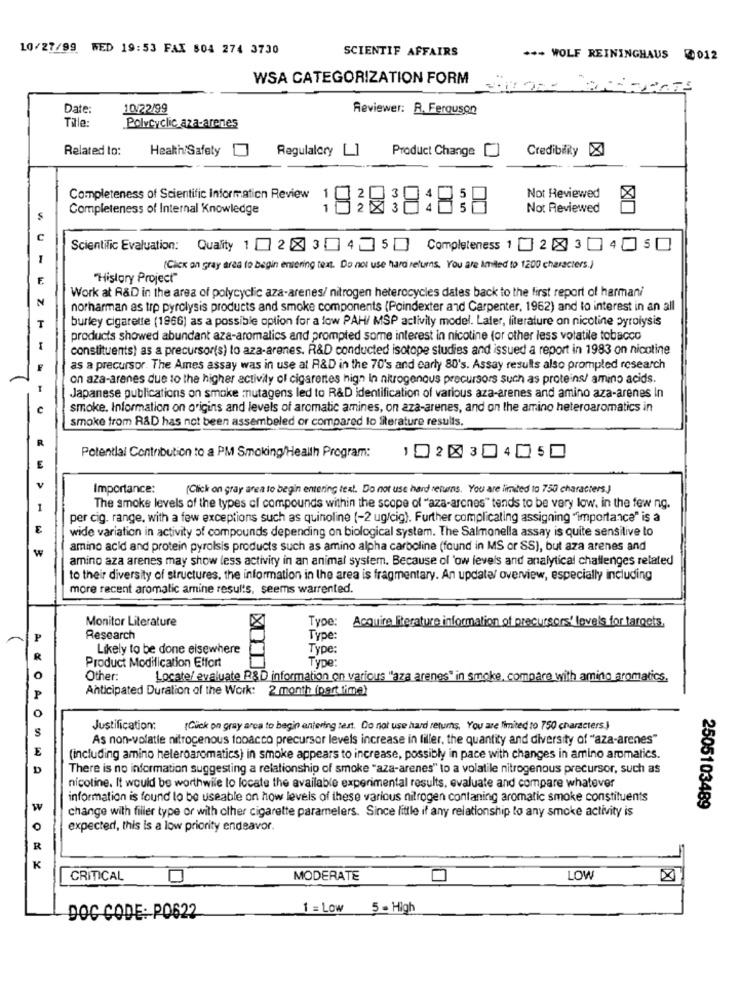
10/27/99 WED 19:53 FAX 804 274 3730
SCIENTIF AFFAIRS
*** WOLF REININGHAUS @012
WSA CATEGORIZATION FORM
Date:
10/22/99
Reviewer: R. Ferguson
Tile:
Polycyclic aza-arenes
Related to:
Health/Safety
Regulalory []
Credibility X
Product Change
Completeness of Scientific Information Review
1
Not Reviewed
Completeness of Internal Knowledge
33
Not Reviewed
C
Scientific Evaluation: Quality 1 2 345 Completeness 1 [ 2 8 3 4 0 s
(Click on gray area to begin entering text. Do not use hard returns, You are Amviled to 1200 characters.)
"History Project"
Work at R&D in the area of polycyclic aza-arenes/ nitrogen heterocycles dates back to the first report of harmani
norharman as trp pyrolysis products and smoke components (Poindexter and Carpenter, 1962) and to interest in an all
burley cigarette (1966) as a possible option for a low PAH/ MSP activity model. Later, literature on nicotine pyrolysis
products showed abundant aza-aromatics and prompted some interest in nicotine for other less volatile tobacco
-
constituents) as a precursor(s) lo aza-arenes. R&D conducted isotope studies and issued a report in 1983 on nicotine
as a precursor. The Ames assay was in use at R&D in the 70's and early 80's. Assay results also prompted research
on aza-arenes due to the higher activity of cigarettes high In nitrogenous precursors such as proteins/ amino acids.
Japanese publications on smoke mutagens led to R&D identification of various aza-arenes and amino aza-arenes In
smoke. Information on origins and levels of aromatic amines, on aza-arenes, and on the amino heteroaromatics in
smoke from R&D has not been assembeled or compared lo Siterature results.
Potential Contribution to a PM Smoking/Health Program:
1020 304050
Importance:
(Click on gray area to begin entering text. Do not use hard returns. You are limited to 750 characters.)
The smoke levels of the types of compounds within the scope of "aza-arones" tends to be very low. in the few ng.
per cig. range, with a few exceptions such as quinoline (-2 ug/cig). Further complicating assigning "importance" is a
wide variation in activity of compounds depending on biological system. The Salmonella assay is quite sensilive to
w
amino acid and protein pyrolsis products such as amino alpha carboline (found in MS or SS), but aza arenes and
amino aza arenes may show less activity in an animal system. Because of 'ow levels and analytical challenges related
to their diversity of structures, the information in the area is fragmentary. An update/ overview, especially including
more recent aromatic amine results, seems warrented.
Monitor Literature
Type: Acquire literature information of precursors' levels for targets.
Research
Type:
Likely to be done elsewhere
Type:
Type:
Product Modification Effort
O
Other:
Locate/ evaluate R&D information on various "aza arenes" in smoke, compare with aming aromatics.
Anticipated Duration of the Work: 2 month (part time)
P
O
S
Justification:
(Click on gray arca to begin anjering test. Do not use hard returns, You are limited to 750 characters.)
As non-volatile nitrocenous tobacco precursor levels increase in filler, the quantity and diversity of "aza-arenes"
E
(including amino heleroaromatics) in smoke appears to increase, possibly in pace with changes in amino aromatics.
D
There is no information suggesting a relationship of smoke "aza-arenes" to a volatile nitrogenous precursor, such as
nicotine. It would be worthwile to locate the available experimental results, evaluate and compare whatever
information is found to be useable on how levels of these various nitrogen contaning aromatic smoke constituents
w
change with filler type or with other cigarette paramelers. Since little if any relationship to any smoke activity is
2505103489
expected, this is a low priority endeavor.
R
K
CRITICAL
MODERATE
LOW
1 = Low 5 - High
DOC CODE: PO622